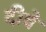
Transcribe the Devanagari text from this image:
दीवे